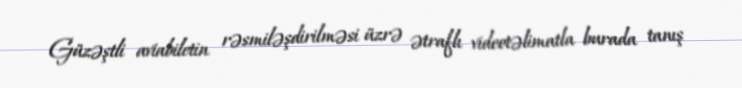
Güzəştli aviabiletin rəsmiləşdirilməsi üzrə ətraflı videotəlimatla burada tanış